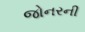
જોનરની